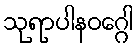
သုရာပါနဝဂ္ဂေါ